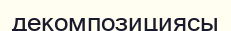
декомпозициясы